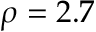
\rho = 2 . 7